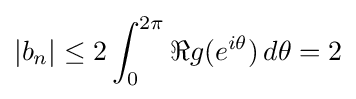
|b_{n}|\leq 2\int _{0}^{2\pi }\Re g(e^{i\theta })\,d\theta =2